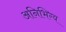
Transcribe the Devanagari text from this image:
अनिभिग्य